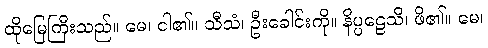
ထိုမြေကြီးသည်။ မေ၊ ငါ၏။ သီသံ၊ ဦးခေါင်းကို။ နိပ္ပဠေသိ၊ ဖိ၏။ မေ၊